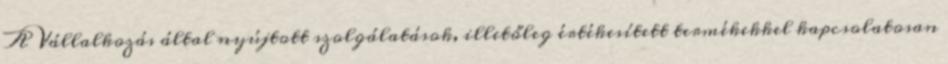
A Vállalkozás által nyújtott szolgálatások, illetőleg értékesített termékekkel kapcsolatosan